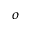
^ { o }